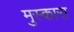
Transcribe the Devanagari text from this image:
मुस्कारा